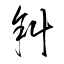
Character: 斜